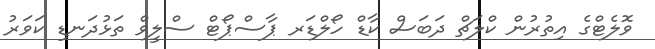
ވޮލެޓްގެ އިތުރުން ކްލަޗް ދަބަސް ކާޑް ހޯލްޑަރ ޕާސްޕޯޓް ސްލީވް ތަޅުދަނޑި ކަވަރު